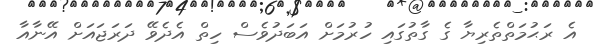
އެ ރަޙުމަތްތެރިޔާ ގެ ގާތުގައި ހުރުމަށް އަބަދުވެސް ހިތް އެދެވޭ ދަރަޖައަށް އޭނާއާ